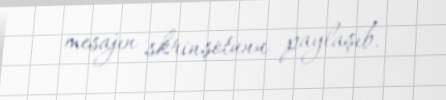
mesajın skrinşotunu paylaşıb.